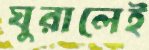
ঘুরালেই